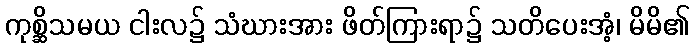
ကုစ္ဆိသမယ ငါးလ၌ သံဃားအား ဖိတ်ကြားရာ၌ သတိပေးအံ့၊ မိမိ၏